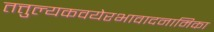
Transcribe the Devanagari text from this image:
तत्तुल्यकवयेरभावादनामिका